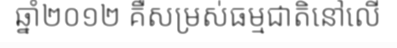
ឆ្នាំ២០១២ គឺសម្រស់ធម្មជាតិនៅលើ